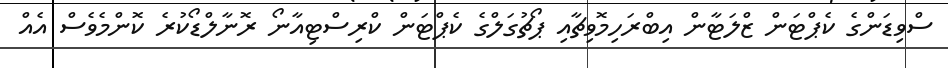
ސްވިޑަންގެ ކެޕްޓަން ޒްލަޓާން އިބްރަހިމޮވިޗާއި ޕޯޗުގަލްގެ ކެޕްޓަން ކްރިސްޓިއާނޯ ރޮނާލްޑޯކުރެ ކޮންމެވެސް އެއް